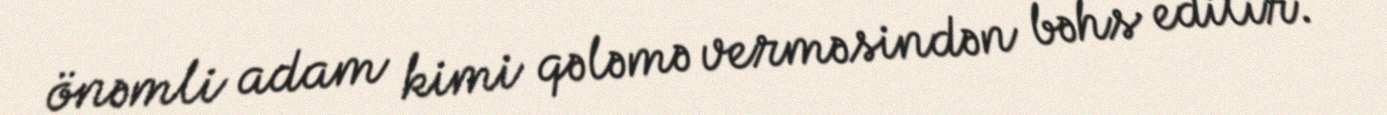
önəmli adam kimi qələmə verməsindən bəhs edilir.